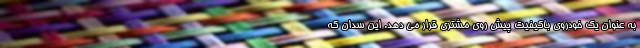
به عنوان یک خودروی باکیفیت پیش روی مشتری قرار می دهد. این سدان که